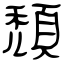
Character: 頹